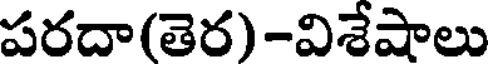
పరదా(తెర)-విశేషాలు